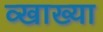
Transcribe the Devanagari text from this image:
व्खाख्या